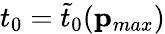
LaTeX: t_{0}=\tilde{t}_{0}(\mathbf{p}_{max})